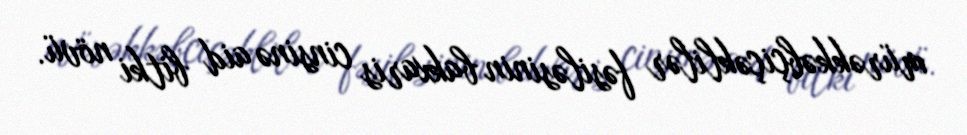
mürəkkəbçiçəklilər fəsiləsinin bakxaris cinsinə aid bitki növü.